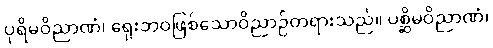
ပုရိမဝိညာဏံ၊ ရှေးဘဝဖြစ်သောဝိညာဉ်တရားသည်။ ပစ္ဆိမဝိညာဏံ၊